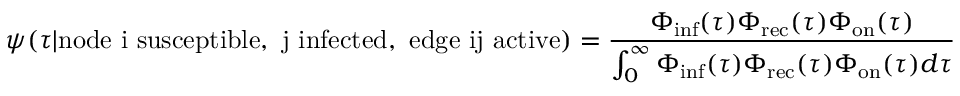
\psi ( \tau | \mathrm { n o d e ~ i ~ s u s c e p t i b l e , ~ j ~ i n f e c t e d , ~ e d g e ~ i j ~ a c t i v e } ) = \frac { \Phi _ { \mathrm { i n f } } ( \tau ) \Phi _ { \mathrm { r e c } } ( \tau ) \Phi _ { \mathrm { o n } } ( \tau ) } { \int _ { 0 } ^ { \infty } \Phi _ { \mathrm { i n f } } ( \tau ) \Phi _ { \mathrm { r e c } } ( \tau ) \Phi _ { \mathrm { o n } } ( \tau ) d \tau }